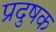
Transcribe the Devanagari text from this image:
प्रदुषक